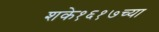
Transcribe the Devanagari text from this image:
शके१६१७च्या